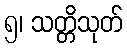
၅၊ သတ္တိသုတ်